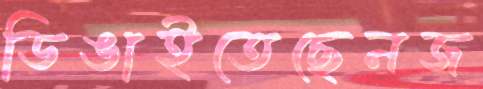
ডিঙাইতেছেনজ